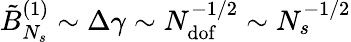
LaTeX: \tilde{B}_{N_{s}}^{(1)}\sim\Delta\gamma\sim N_{\mathrm{dof}}^{-1/2}\sim N_{s}^{-1/2}